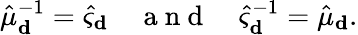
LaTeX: \hat{\mu}_{\mathbf d}^{-1}=\hat{\varsigma}_{\mathbf d}\quad\mathrm{~a~n~d~}\quad\hat{\varsigma}_{\mathbf d}^{-1}=\hat{\mu}_{\mathbf d}.